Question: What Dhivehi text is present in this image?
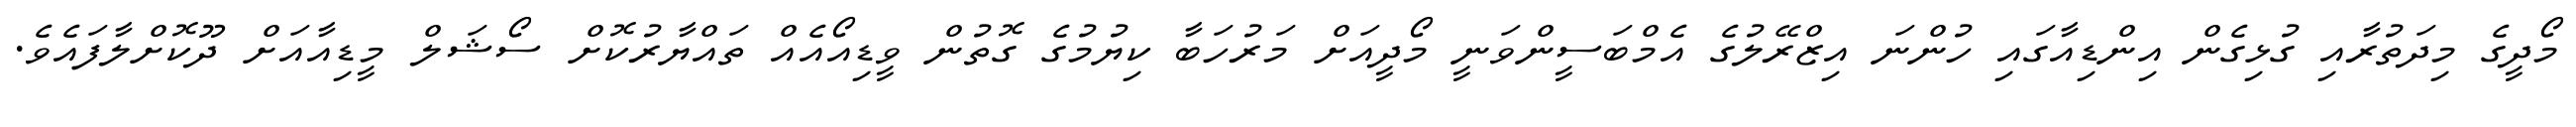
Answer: މޯދީގެ މިދަތުރާއި ގުޅިގެން އިންޑިއާގައި ހުންނަ އިޒްރޭލުގެ އެމްބަސީންވަނީ މޯދީއަށް މަރުހަބާ ކިޔުމުގެ ގޮތުން ވީޑިއޯއެއް ތައްޔާރުކޮށް ސޯޝަލް މީޑިއާއަށް ދޫކޮށްލާފައެވެ.